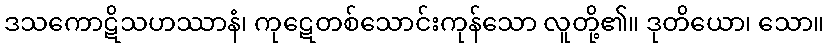
ဒသကောဋိသဟဿာနံ၊ ကုဋေတစ်သောင်းကုန်သော လူတို့၏။ ဒုတိယော၊ သော။